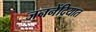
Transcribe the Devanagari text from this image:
जननेंद्रियात